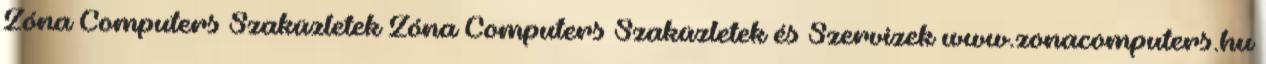
Zóna Computers Szaküzletek Zóna Computers Szaküzletek és Szervizek www.zonacomputers.hu